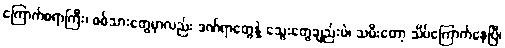
ကြောက်စရာကြီး၊ စစ်သားတွေမှာလည်း ဒဏ်ရာတွေနဲ့ သွေးတွေချည်းပဲ၊ သမီးတော့ သိပ်ကြောက်နေပြီ၊